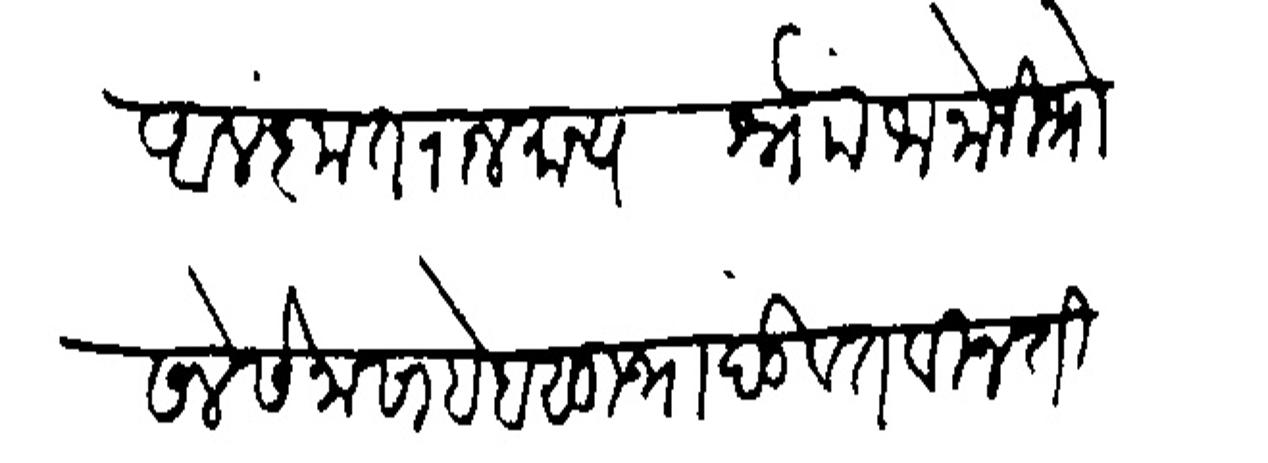
Transliteration (Devanagari): आलंकृत राजमान्य नोो जानोजी भोसले सेनासाहेब मुभा दंडवत विनंती